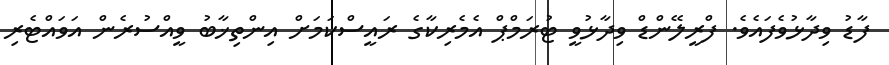
ފާޑު ވިދާޅުވެފައެވެ. ފްރީލޭންޑް ވިދާޅުވީ ޓުރަމްޕް އެމެރިކާގެ ރައީސްކަމަށް އިންތިޚާބު ވީއްސުރެން އަވައްޓެރި